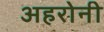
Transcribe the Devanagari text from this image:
अहरोनी